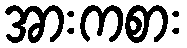
အားကစား